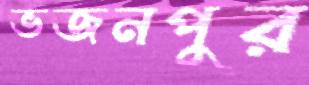
ভজনপুর